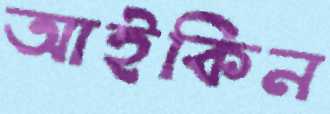
আইকিন